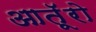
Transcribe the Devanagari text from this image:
आतूॅरो